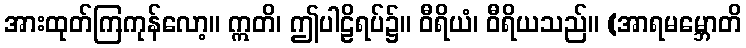
အားထုတ်ကြကုန်လော့။ ဣတိ၊ ဤပါဠိရပ်၌။ ဝီရိယံ၊ ဝီရိယသည်။ (အာရမမ္ဘောတိ